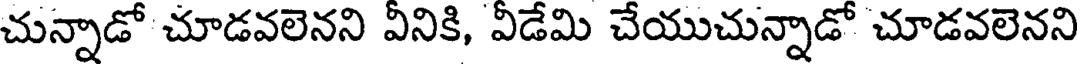
చున్నాడో చూడవలెనని వీనికి, వీడేమి చేయుచున్నాడో చూడవలెనని